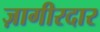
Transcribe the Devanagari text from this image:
ज़ागीरदार